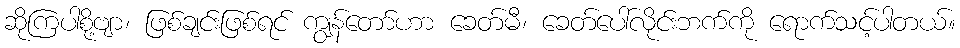
ဆိုကြပါစို့ဗျာ၊ ဖြစ်ချင်းဖြစ်ရင် ကျွန်တော်ဟာ ခေတ်မီ၊ ခေတ်ပေါ်လိုင်းဘက်ကို ရောက်သင့်ပါတယ်။